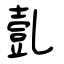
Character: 亄